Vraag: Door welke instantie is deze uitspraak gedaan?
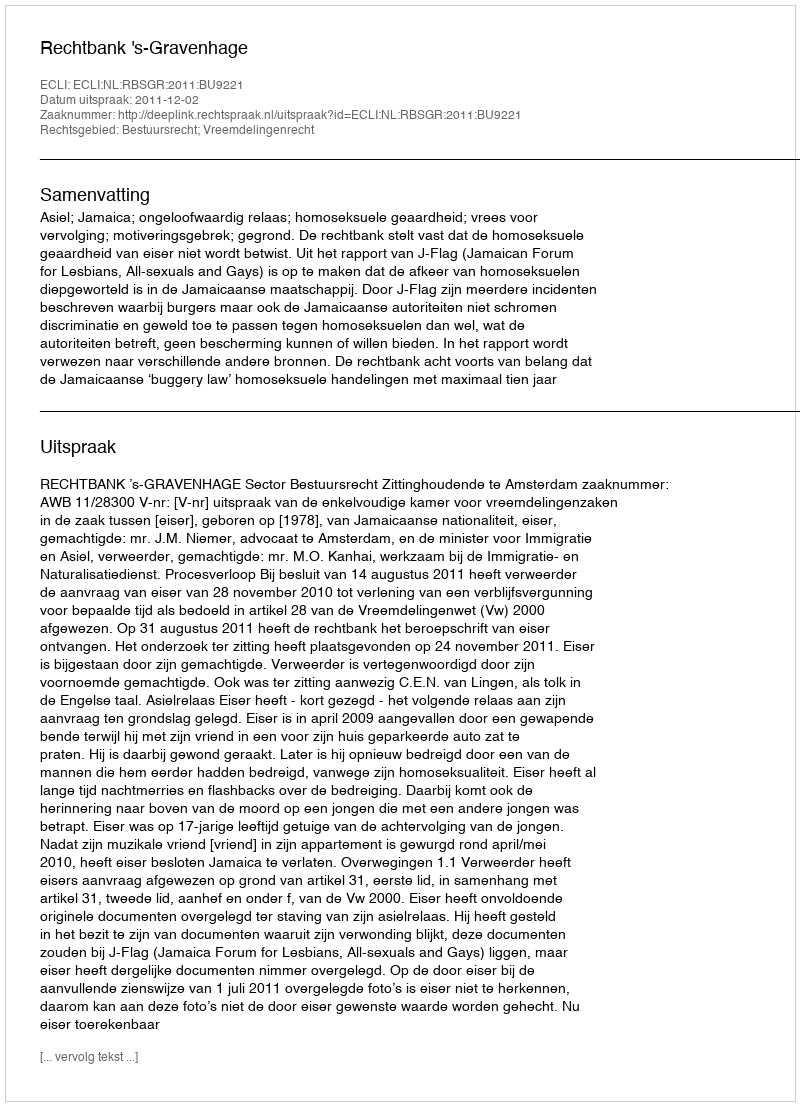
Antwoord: Rechtbank 's-Gravenhage